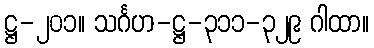
ဋ္ဌ-၂၀၁။ သင်္ဂဟ-ဋ္ဌ-၃၁၁-၃၂၉ ဂါထာ။